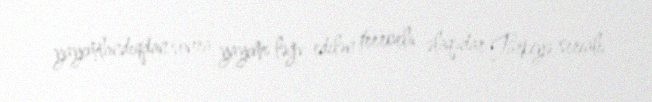
yayımlandıqdan sonra yayımı ləğv edilən terrorla əlaqədar Türkiyə serialı.